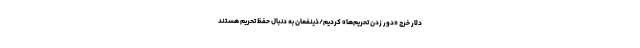
دلار خرج «دور زدن تحریم‌ها» کردیم/ذینفعان به دنبال حفظ تحریم هستند